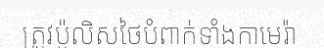
ត្រូវប៉ូលិសថៃបំពាក់ទាំងកាមេរ៉ា